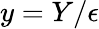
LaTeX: y=Y/\epsilon